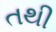
તથી